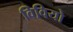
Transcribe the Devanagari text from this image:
विवियो